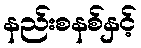
နည်းစနစ်နှင့်